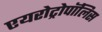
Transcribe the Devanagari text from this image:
एयरोट्रोपॉलिस